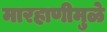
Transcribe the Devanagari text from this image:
मारहाणीमुळे